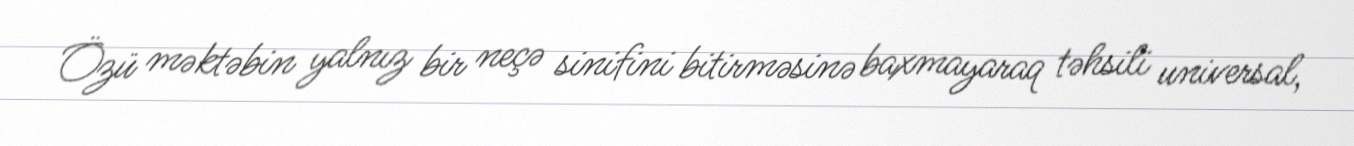
Özü məktəbin yalnız bir neçə sinifini bitirməsinə baxmayaraq təhsili universal,